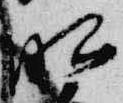
昭